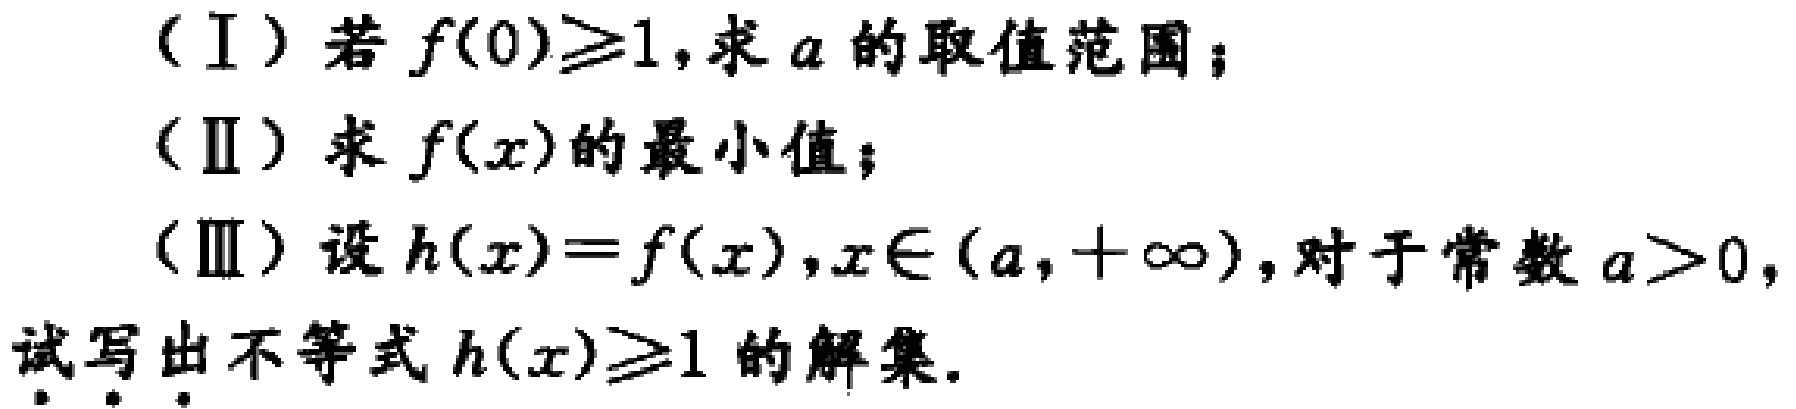
（Ⅰ）若\(f(0)\geq1\)，求\(a\)的取值范围；
（Ⅱ）求\(f(x)\)的最小值；
（Ⅲ）设\(h(x)=f(x),x\in(a,+\infty)\)，对于常数\(a > 0\)，试写出不等式\(h(x)\geq1\)的解集。